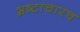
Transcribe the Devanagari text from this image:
भ्रष्टाचारच